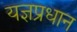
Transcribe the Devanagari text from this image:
यज्ञप्रधान